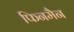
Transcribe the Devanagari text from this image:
फिनमैन